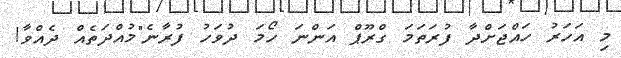
މި އަހަރު ހައްޖަށްދާ ފުރަތަމަ ގްރޫޕް އަންނަ ހޯމަ ދުވަހު ފުރާނެ"މުއްދަތެއް ދެއްވާ!